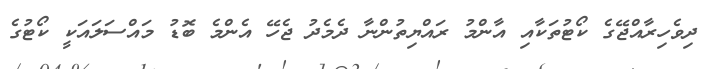
ދިވެހިރާއްޖޭގެ ކޯޓުތަކާއި އާންމު ރައްޔިތުންނާ ދެމެދު ޖެހޭ އެންމެ ބޮޑު މައްސަލައަކީ ކޯޓުގެ